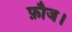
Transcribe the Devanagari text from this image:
फ़ौज।